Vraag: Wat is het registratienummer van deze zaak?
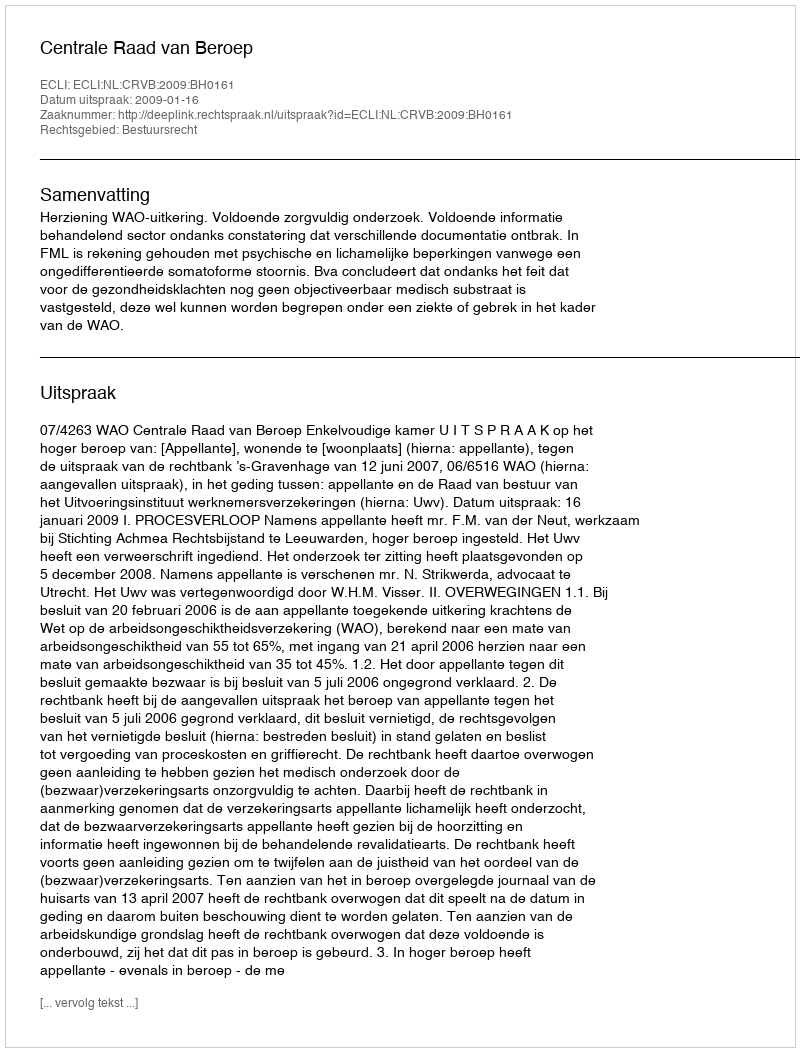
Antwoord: http://deeplink.rechtspraak.nl/uitspraak?id=ECLI:NL:CRVB:2009:BH0161